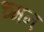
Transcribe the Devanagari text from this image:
च्मन